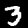
Label: 3